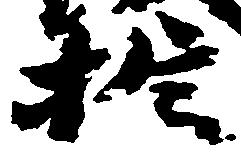
於